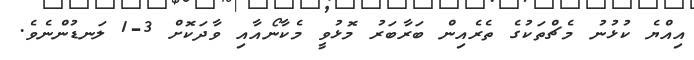
އިއްޔެ ކުޅުނު މެޗްތަކުގެ ތެރެއިން ބަރާބަރު މޮޅުވީ މެކާނޯއާއި ވާދަކޮށް 3-1 ލަނޑުންނެވެ.